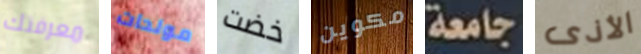
معرفتك مولدات خضت مكوين جامعة الأذى